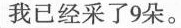
我已经采了九朵。